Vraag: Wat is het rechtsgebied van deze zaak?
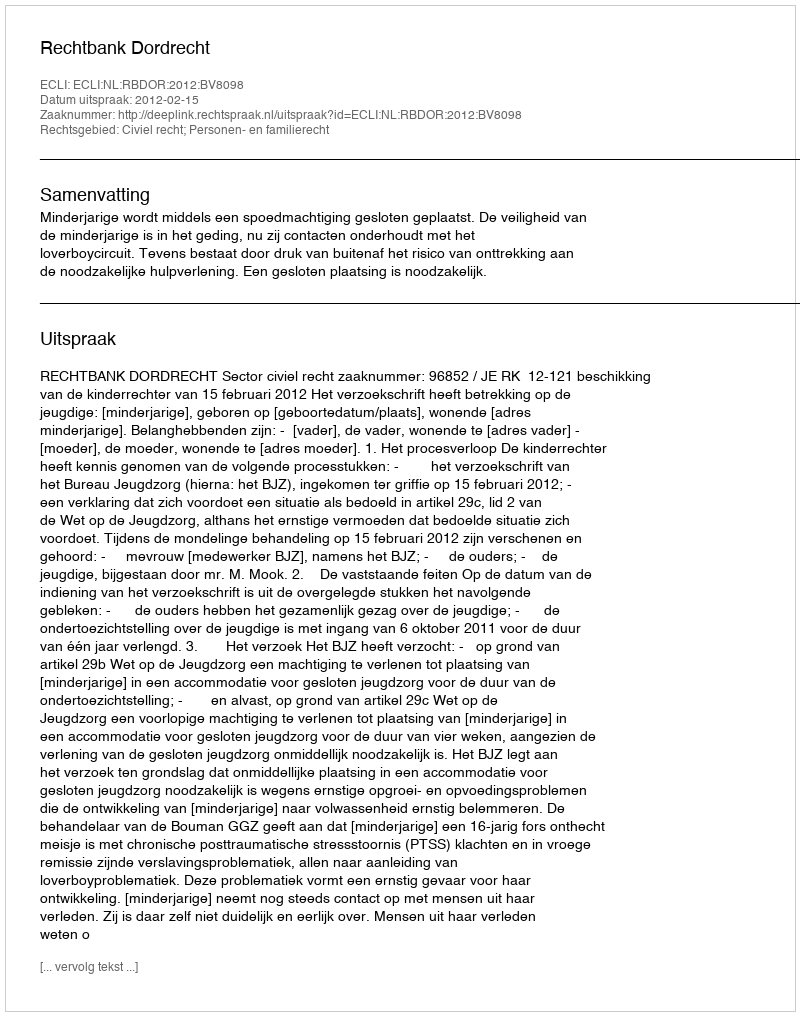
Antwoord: Civiel recht; Personen- en familierecht